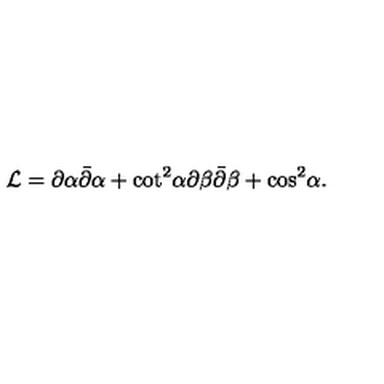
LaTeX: { \cal L } = \partial \alpha \bar { \partial } \alpha + { \cot } ^ { 2 } \alpha \partial \beta \bar { \partial } \beta + { \cos } ^ { 2 } \alpha .